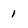
Character: 1